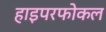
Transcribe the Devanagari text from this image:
हाइपरफोकल